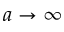
a \to \infty